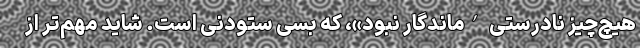
هیچ‌چیز نادرستی ’ماندگار نبود»، که بسی ستودنی است. شاید مهم‌تر از